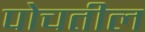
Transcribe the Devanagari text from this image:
पोचतील